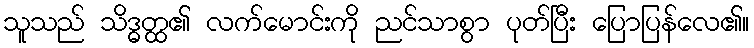
သူသည် သိဒ္ဓတ္ထ၏ လက်မောင်းကို ညင်သာစွာ ပုတ်ပြီး ပြောပြန်လေ၏။